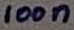
Text: 100n